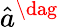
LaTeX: \hat{a}^{\dag}